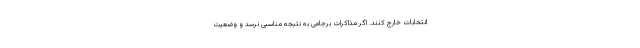
انتخابات خارج کنند. اگر مذاکرات برجامی به نتیجه مناسبی نرسد و وضعیت